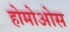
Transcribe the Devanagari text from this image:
होमोओस